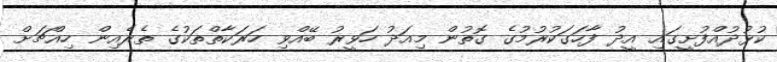
ކުޅުދުއްފުށީގައި އީދު ފާހަގަކުރުމުގެ ގޮތުން މިއަދު ހަވީރު ބޭއްވި ހަރަކާތްތަކުގެ ތެރެއިން ހިއްޗަށް